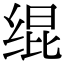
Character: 绲